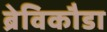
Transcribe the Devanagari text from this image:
ब्रेविकौडा